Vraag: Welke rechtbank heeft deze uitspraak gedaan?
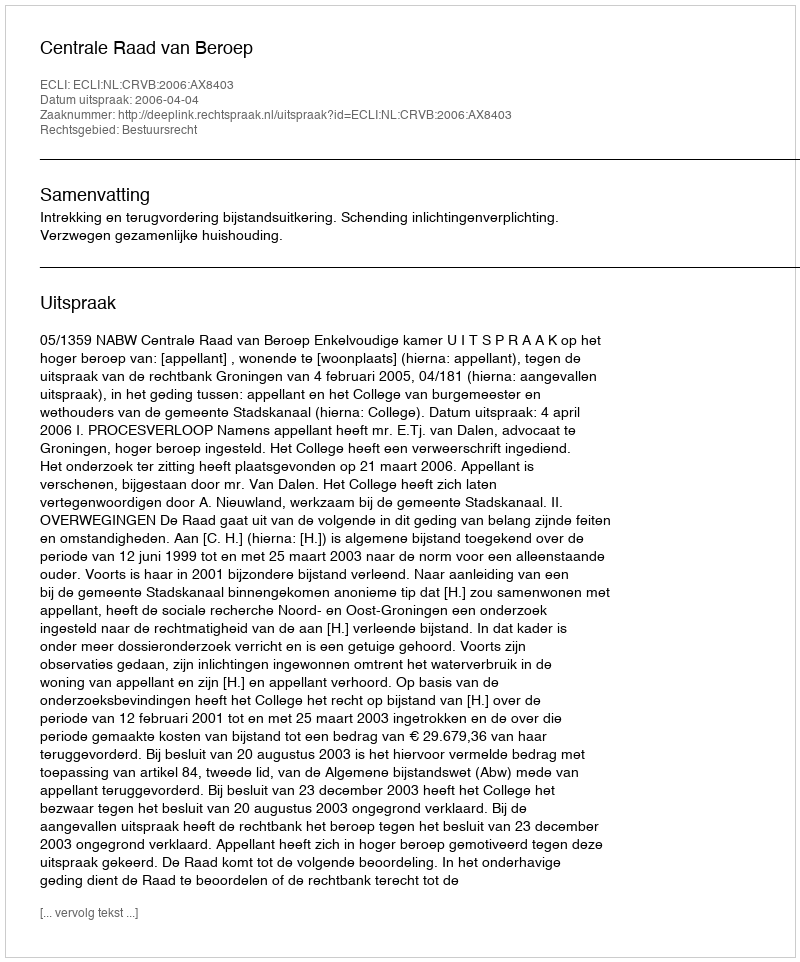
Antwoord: Centrale Raad van Beroep